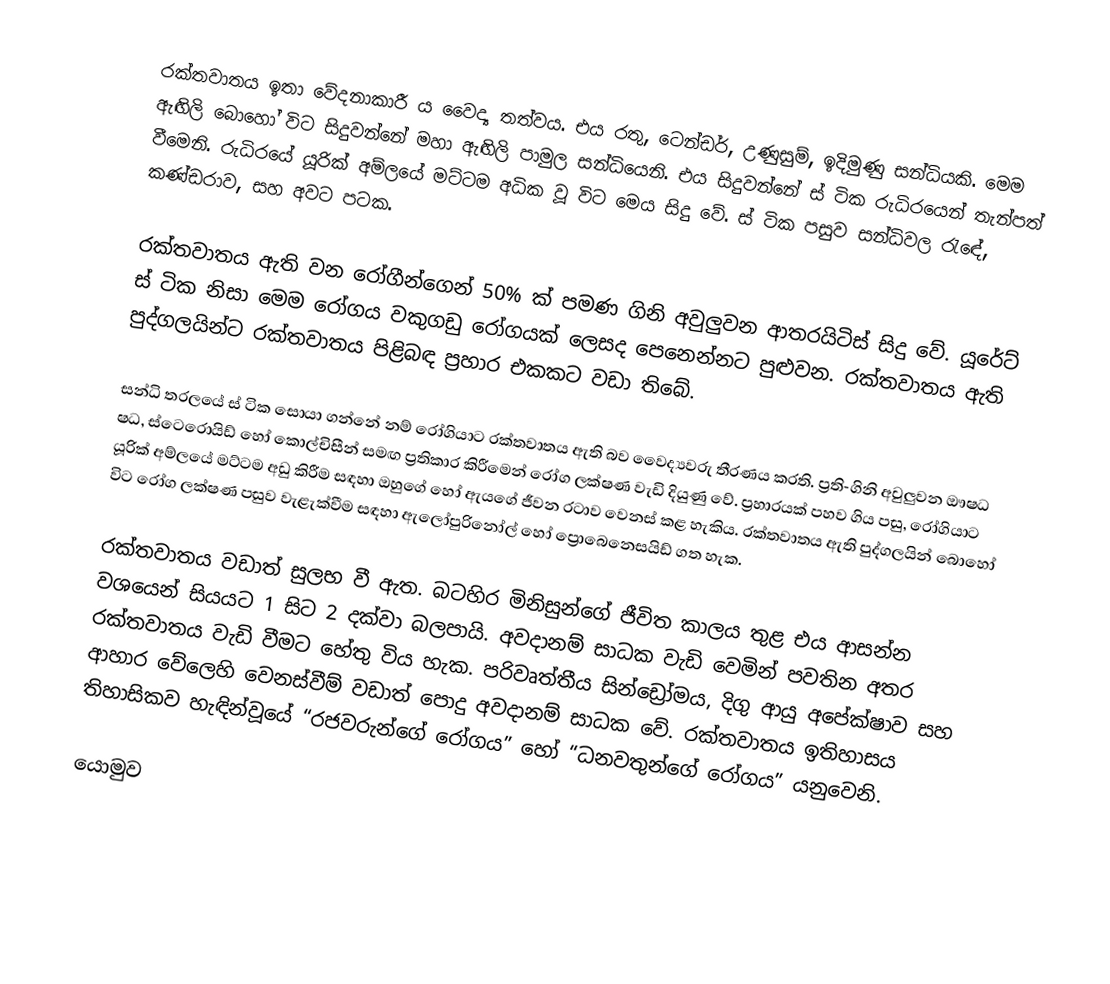
රක්තවාතය ඉතා වේදනාකාරී ය වෛද්‍ය තත්වය. එය රතු, ටෙන්ඩර්, උණුසුම්, ඉදිමුණු සන්ධියකි.  මෙම ඇඟිලි බොහෝ විට සිදුවන්නේ මහා ඇඟිලි පාමුල සන්ධියෙනි.  එය සිදුවන්නේ ස් ටික රුධිරයෙන් තැන්පත් වීමෙනි.  රුධිරයේ යූරික් අම්ලයේ මට්ටම අධික වූ විට මෙය සිදු වේ. ස් ටික පසුව සන්ධිවල රැඳේ, කණ්ඩරාව, සහ අවට පටක.

රක්තවාතය ඇති වන රෝගීන්ගෙන් 50% ක් පමණ ගිනි අවුලුවන ආතරයිටිස් සිදු වේ. යූරේට් ස් ටික නිසා මෙම රෝගය වකුගඩු රෝගයක් ලෙසද පෙනෙන්නට පුළුවන. රක්තවාතය ඇති පුද්ගලයින්ට රක්තවාතය පිළිබඳ ප්‍රහාර එකකට වඩා තිබේ.

සන්ධි තරලයේ ස් ටික සොයා ගන්නේ නම් රෝගියාට රක්තවාතය ඇති බව වෛද්‍යවරු තීරණය කරති.  ප්‍රති-ගිනි අවුලුවන ඖෂධ ෂධ, ස්ටෙරොයිඩ් හෝ කොල්චිසීන් සමඟ ප්‍රතිකාර කිරීමෙන් රෝග ලක්ෂණ වැඩි දියුණු වේ.  ප්‍රහාරයක් පහව ගිය පසු, රෝගියාට යූරික් අම්ලයේ මට්ටම අඩු කිරීම සඳහා ඔහුගේ හෝ ඇයගේ ජීවන රටාව වෙනස් කළ හැකිය. රක්තවාතය ඇති පුද්ගලයින් බොහෝ විට රෝග ලක්ෂණ පසුව වැළැක්වීම සඳහා ඇලෝපුරිනෝල් හෝ ප්‍රොබෙනෙසයිඩ් ගත හැක.

 රක්තවාතය වඩාත් සුලභ වී ඇත.  බටහිර මිනිසුන්ගේ ජීවිත කාලය තුළ එය ආසන්න වශයෙන් සියයට 1 සිට 2 දක්වා බලපායි. අවදානම් සාධක වැඩි වෙමින් පවතින අතර රක්තවාතය වැඩි වීමට හේතු විය හැක. පරිවෘත්තීය සින්ඩ්‍රෝමය, දිගු ආයු අපේක්ෂාව සහ ආහාර වේලෙහි වෙනස්වීම් වඩාත් පොදු අවදානම් සාධක වේ. රක්තවාතය ඉතිහාසය තිහාසිකව හැඳින්වූයේ “රජවරුන්ගේ රෝගය” හෝ “ධනවතුන්ගේ රෝගය” යනුවෙනි.

යොමුව